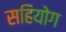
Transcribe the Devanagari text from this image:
सहियोग